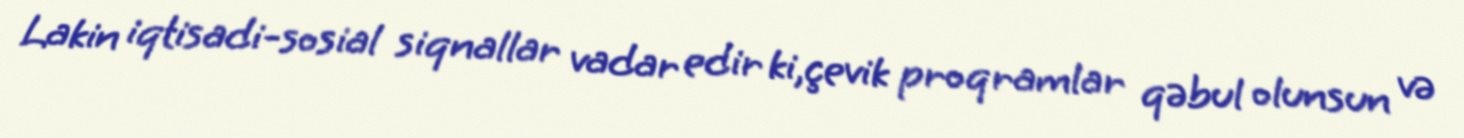
Lakin iqtisadi-sosial siqnallar vadar edir ki,çevik proqramlar qəbul olunsun və